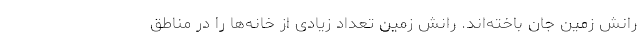
رانش زمین جان باخته‌اند. رانش زمین تعداد زیادی از خانه‌ها را در مناطق